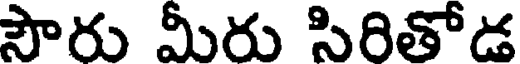
సౌరు మీరు సిరితోడ